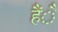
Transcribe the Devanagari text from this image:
हैंै